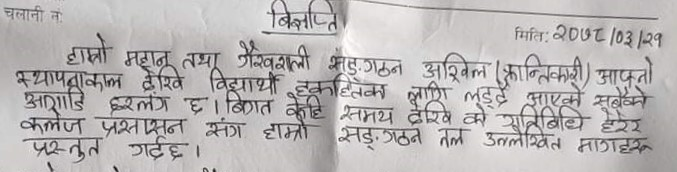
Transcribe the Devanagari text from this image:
चलानी नं
बिज्ञप्ति
मितिः २०७८/०३/२१
हाम्रो महान् तथा गैरवशाली सङ्‌गठन अखिल (क्रान्तिकारी) आफ्‌नो
स्थापनाकाल देखि विद्यार्थी हकहितका लागि लड्दै आएको सबैको
आगाडि हरलंग छ । किात केहि समय देखि को गतिविधिय
कलेज प्रसासून संग हाम्रो सङ्‌गठन तल उल्लेखित मागहरू
प्रस्तुत गर्दछ ।